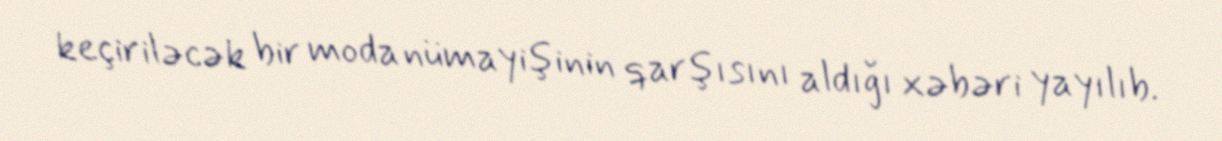
keçiriləcək bir moda nümayişinin qarşısını aldığı xəbəri yayılıb.